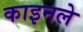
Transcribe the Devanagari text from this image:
काइनले